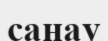
санау